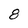
Character: 8